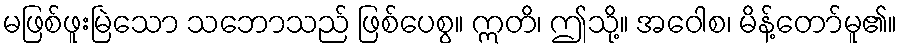
မဖြစ်ဖူးမြဲသော သဘောသည် ဖြစ်ပေစွ။ ဣတိ၊ ဤသို့။ အဝေါစ၊ မိန့်တော်မူ၏။